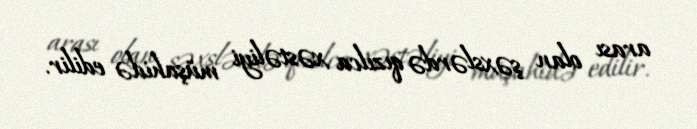
arası olan şəxslərdə qızılca xəstəliyi müşahidə edilir.